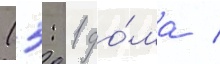
(5: 1 до́ма /